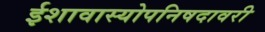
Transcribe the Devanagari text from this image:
ईशावास्योपनिषदावरी